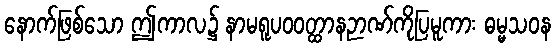
နောက်ဖြစ်သော ဤကာလ၌ နာမရူပဝဝတ္ထာနဉာဏ်ကိုပြမူကား ဓမ္မသဝန